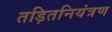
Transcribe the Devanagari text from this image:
तड़ितनियंत्रण